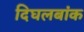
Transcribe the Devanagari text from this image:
दिघलबांक